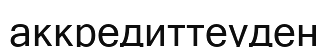
аккредиттеуден